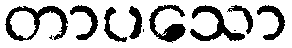
တာပသော